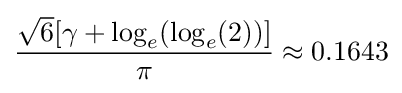
{\frac {{\sqrt {6}}[\gamma +\log _{e}(\log _{e}(2))]}{\pi }}\approx 0.1643